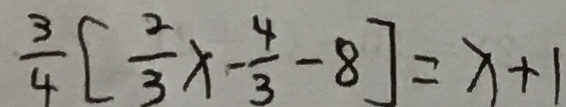
\frac { 3 } { 4 } [ \frac { 2 } { 3 } x - \frac { 4 } { 3 } - 8 ] = x + 1